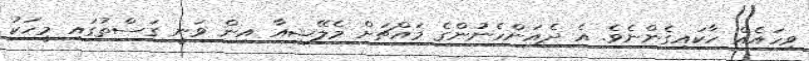
ވިހައެއް ހާކައިގެންނެވެ. އެ ދެއަންހެނުންގެ މައްޗަށް މެލޭޝިއާ އިން ވަނީ ގަސްތުގައި މީހަކު